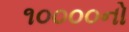
૧૦૦૦૦નો